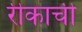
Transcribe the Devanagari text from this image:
रीकाची